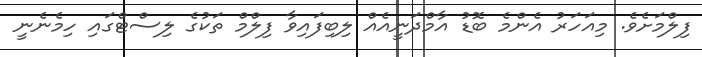
ފިލްމަށެވެ. މިއަހަރު އެންމެ ބޮޑު އާމްދަނީއެއް ލިބިފައިވާ ފިލްމް ތަކުގެ ލިސްޓްގައި ހިމެނެނީ